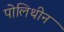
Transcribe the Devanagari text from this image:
पोलिथीन